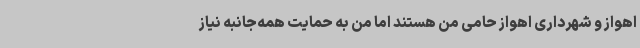
اهواز و شهرداری اهواز حامی من هستند اما من به حمایت همه‌جانبه نیاز